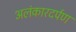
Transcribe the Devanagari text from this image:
अलंकारदर्पण